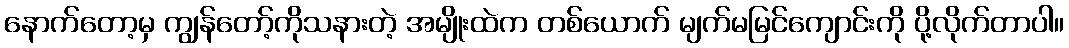
နောက်တော့မှ ကျွန်တော့်ကိုသနားတဲ့ အမျိုးထဲက တစ်ယောက် မျက်မမြင်ကျောင်းကို ပို့လိုက်တာပါ။